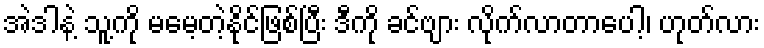
အဲဒါနဲ့ သူ့ကို မမေ့တဲ့နိုင်ဖြစ်ပြီး ဒီကို ခင်ဗျား လိုက်လာတာပေါ့၊ ဟုတ်လား